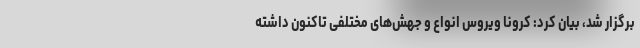
برگزار شد، بیان کرد: کرونا ویروس انواع و جهش‌های مختلفی تاکنون داشته